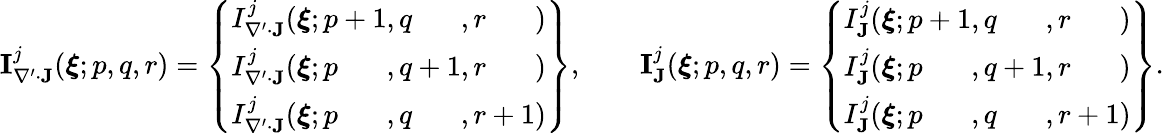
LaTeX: \begin{array}{r}{\mathbf{I}_{\nabla^{\prime}\cdot\mathbf{J}}^{j}(\boldsymbol{\xi};p,q,r)=\left\{ \begin{array}{l}{I_{\nabla^{\prime}\cdot\mathbf{J}}^{j}(\boldsymbol{\xi};p+1,q\phantom{{}+1},r\phantom{{}+1})}\\ {I_{\nabla^{\prime}\cdot\mathbf{J}}^{j}(\boldsymbol{\xi};p\phantom{{}+1},q+1,r\phantom{{}+1})}\\ {I_{\nabla^{\prime}\cdot\mathbf{J}}^{j}(\boldsymbol{\xi};p\phantom{{}+1},q\phantom{{}+1},r+1)}\end{array}\right\} ,\qquad\mathbf{I}_{\mathbf{J}}^{j}(\boldsymbol{\xi};p,q,r)=\left\{ \begin{array}{l}{I_{\mathbf{J}}^{j}(\boldsymbol{\xi};p+1,q\phantom{{}+1},r\phantom{{}+1})}\\ {I_{\mathbf{J}}^{j}(\boldsymbol{\xi};p\phantom{{}+1},q+1,r\phantom{{}+1})}\\ {I_{\mathbf{J}}^{j}(\boldsymbol{\xi};p\phantom{{}+1},q\phantom{{}+1},r+1)}\end{array}\right\} .}\end{array}